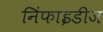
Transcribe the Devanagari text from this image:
निंफाइडीज